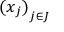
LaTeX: { ( x _ { j } ) } _ { j \in J }